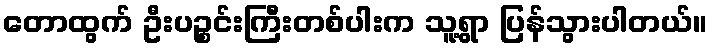
တောထွက် ဦးပဉ္စင်းကြီးတစ်ပါးက သူ့ရွာ ပြန်သွားပါတယ်။